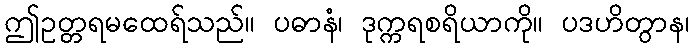
ဤဥတ္တရမထေရ်သည်။ ပဓာနံ၊ ဒုက္ကရစရိယာကို။ ပဒဟိတွာန၊